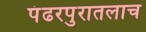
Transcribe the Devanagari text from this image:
पंढरपुरातलाच